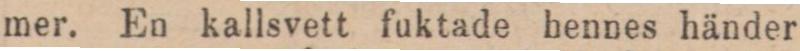
mer. En kallsvett fuktade hennes händer